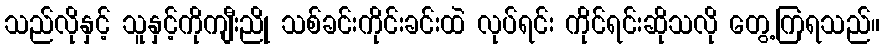
သည်လိုနှင့် သူနှင့်ကိုကျီးညို သစ်ခင်းကိုင်းခင်းထဲ လုပ်ရင်း ကိုင်ရင်းဆိုသလို တွေ့ကြရသည်။